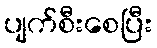
ပျက်စီးစေပြီး